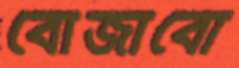
বোজাবো